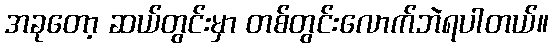
အခုတော့ ဆယ်တွင်းမှာ တစ်တွင်းလောက်ဘဲရပါတယ်။